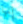
إنها